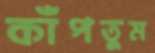
কাঁপতুম